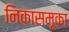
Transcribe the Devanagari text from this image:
निकासमूका